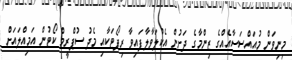
މިނިވަން މުއައްސަސާއެއްގެ ޒިންމާގެ ދަށުން އެކުލަވާލާފައިވާ ރިޕޯޓަކާއި މެދު ސުޕްރީމް ކޯޓުން އަމިއްލައަށް